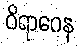
ဝိရာဂေန